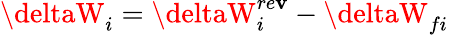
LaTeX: \deltaW_{i}=\deltaW_{i}^{re\mathbf{v}}-\deltaW_{fi}